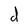
Character: d